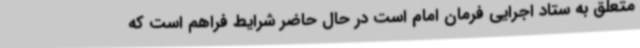
متعلق به ستاد اجرایی فرمان امام است در حال حاضر شرایط فراهم است که